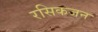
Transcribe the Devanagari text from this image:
रसिकजन